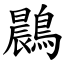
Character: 鷐